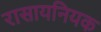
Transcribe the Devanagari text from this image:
रासायनियक